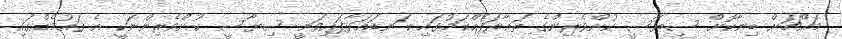
މައްޗަށް ބިނާކޮށް ސިޔާސީ ކުށްވެރިންގެ ތަޢާރަފެއްކަމުގައި ކަނޑައަޅާފައިވަނީ ސިޔާސީ ކުށްވެރިންނަކީ އެ ޤައުމެއްގައި